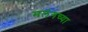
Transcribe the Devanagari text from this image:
मलंगच्या